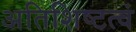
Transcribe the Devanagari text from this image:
अतिशिष्टत्वं